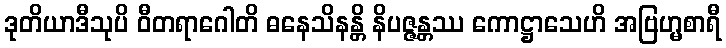
ဒုတိယာဒီသုပိ ဝီတရာဂေါတိ ဓနေသိနန္တိ နိပဇ္ဇန္တဿ ကောဋ္ဌာသေဟိ အဗြဟ္မစာရီ